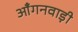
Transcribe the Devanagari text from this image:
आँगनवाड़ी